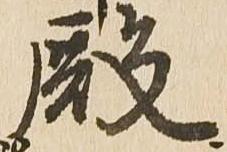
殿